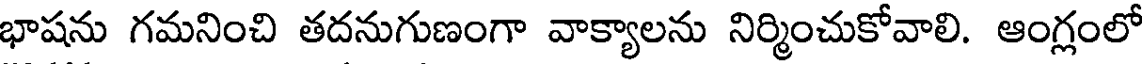
భాషను గమనించి తదనుగుణంగా వాక్యాలను నిర్మించుకోవాలి. ఆంగ్లంలో